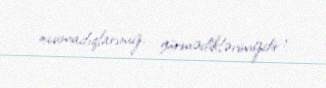
oxumadıqlarımız, görmədiklərimizdir!.